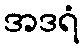
အဒရံ